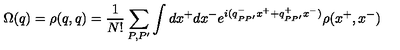
\Omega ( q ) = \rho ( q , q ) = \frac 1 { N ! } \sum _ { P , P ^ { \prime } } \int d x ^ { + } d x ^ { - } e ^ { i ( q _ { P P ^ { \prime } } ^ { - } x ^ { + } + q _ { P P ^ { \prime } } ^ { + } x ^ { - } ) } \rho ( x ^ { + } , x ^ { - } )